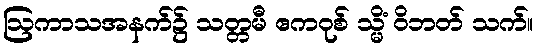
ဩကာသအနက်၌ သတ္တမီ ဧကဝုစ် သ္မိံ ဝိဘတ် သက်။